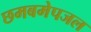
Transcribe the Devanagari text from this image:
छमबमेपजल